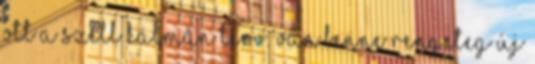
Ott a Széll Kálmán terv. Van benne rengeteg új